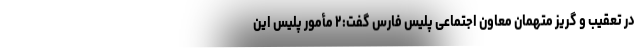
در تعقیب و گریز متهمان معاون اجتماعی پلیس فارس گفت:۲ مأمور پلیس این